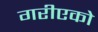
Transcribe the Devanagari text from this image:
गरीएको